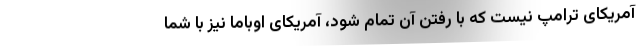
آمریکای ترامپ نیست که با رفتن آن تمام شود، آمریکای اوباما نیز با شما